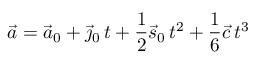
{ \vec { a } } = { \vec { a } } _ { 0 } + { \vec { \jmath } } _ { 0 } \, t + { \frac { 1 } { 2 } } { \vec { s } } _ { 0 } \, t ^ { 2 } + { \frac { 1 } { 6 } } { \vec { c } } \, t ^ { 3 }